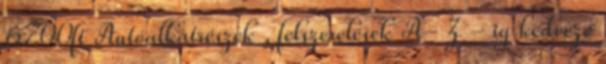
6700ft Autóalkatrészek , felszerelések A- Z - ig kedvező